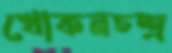
খোকনচন্দ্র